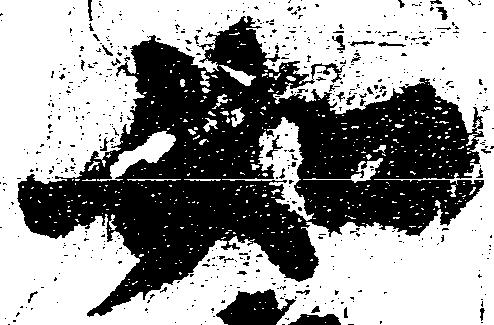
如